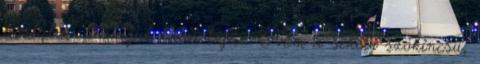
asztalra” a maguk háza táján. Nem a sekély szókincsű,